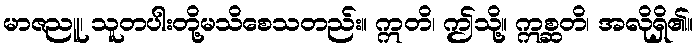
မာဇညူ၊ သူတပါးတို့မသိစေသတည်း။ ဣတိ၊ ဤသို့။ ဣစ္ဆတိ၊ အလိုရှိ၏။